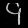
Digit: ၄